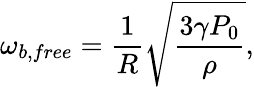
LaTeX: \omega_{b,free}=\frac{1}{R}\sqrt{\frac{3\gamma P_{0}}{\rho}},